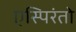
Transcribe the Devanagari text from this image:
एस्पिरंतो